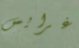
غرايس